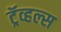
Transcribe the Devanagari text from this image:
ट्रॅव्हल्स